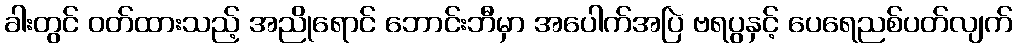
ခါးတွင် ဝတ်ထားသည့် အညိုရောင် ဘောင်းဘီမှာ အပေါက်အပြဲ ဗရပွနှင့် ပေရေညစ်ပတ်လျက်